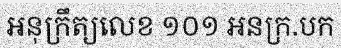
អនុក្រឹត្យលេខ ១០១ អនក្រ.បក